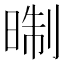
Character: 㫼